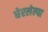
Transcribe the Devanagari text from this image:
घेरलेल्या